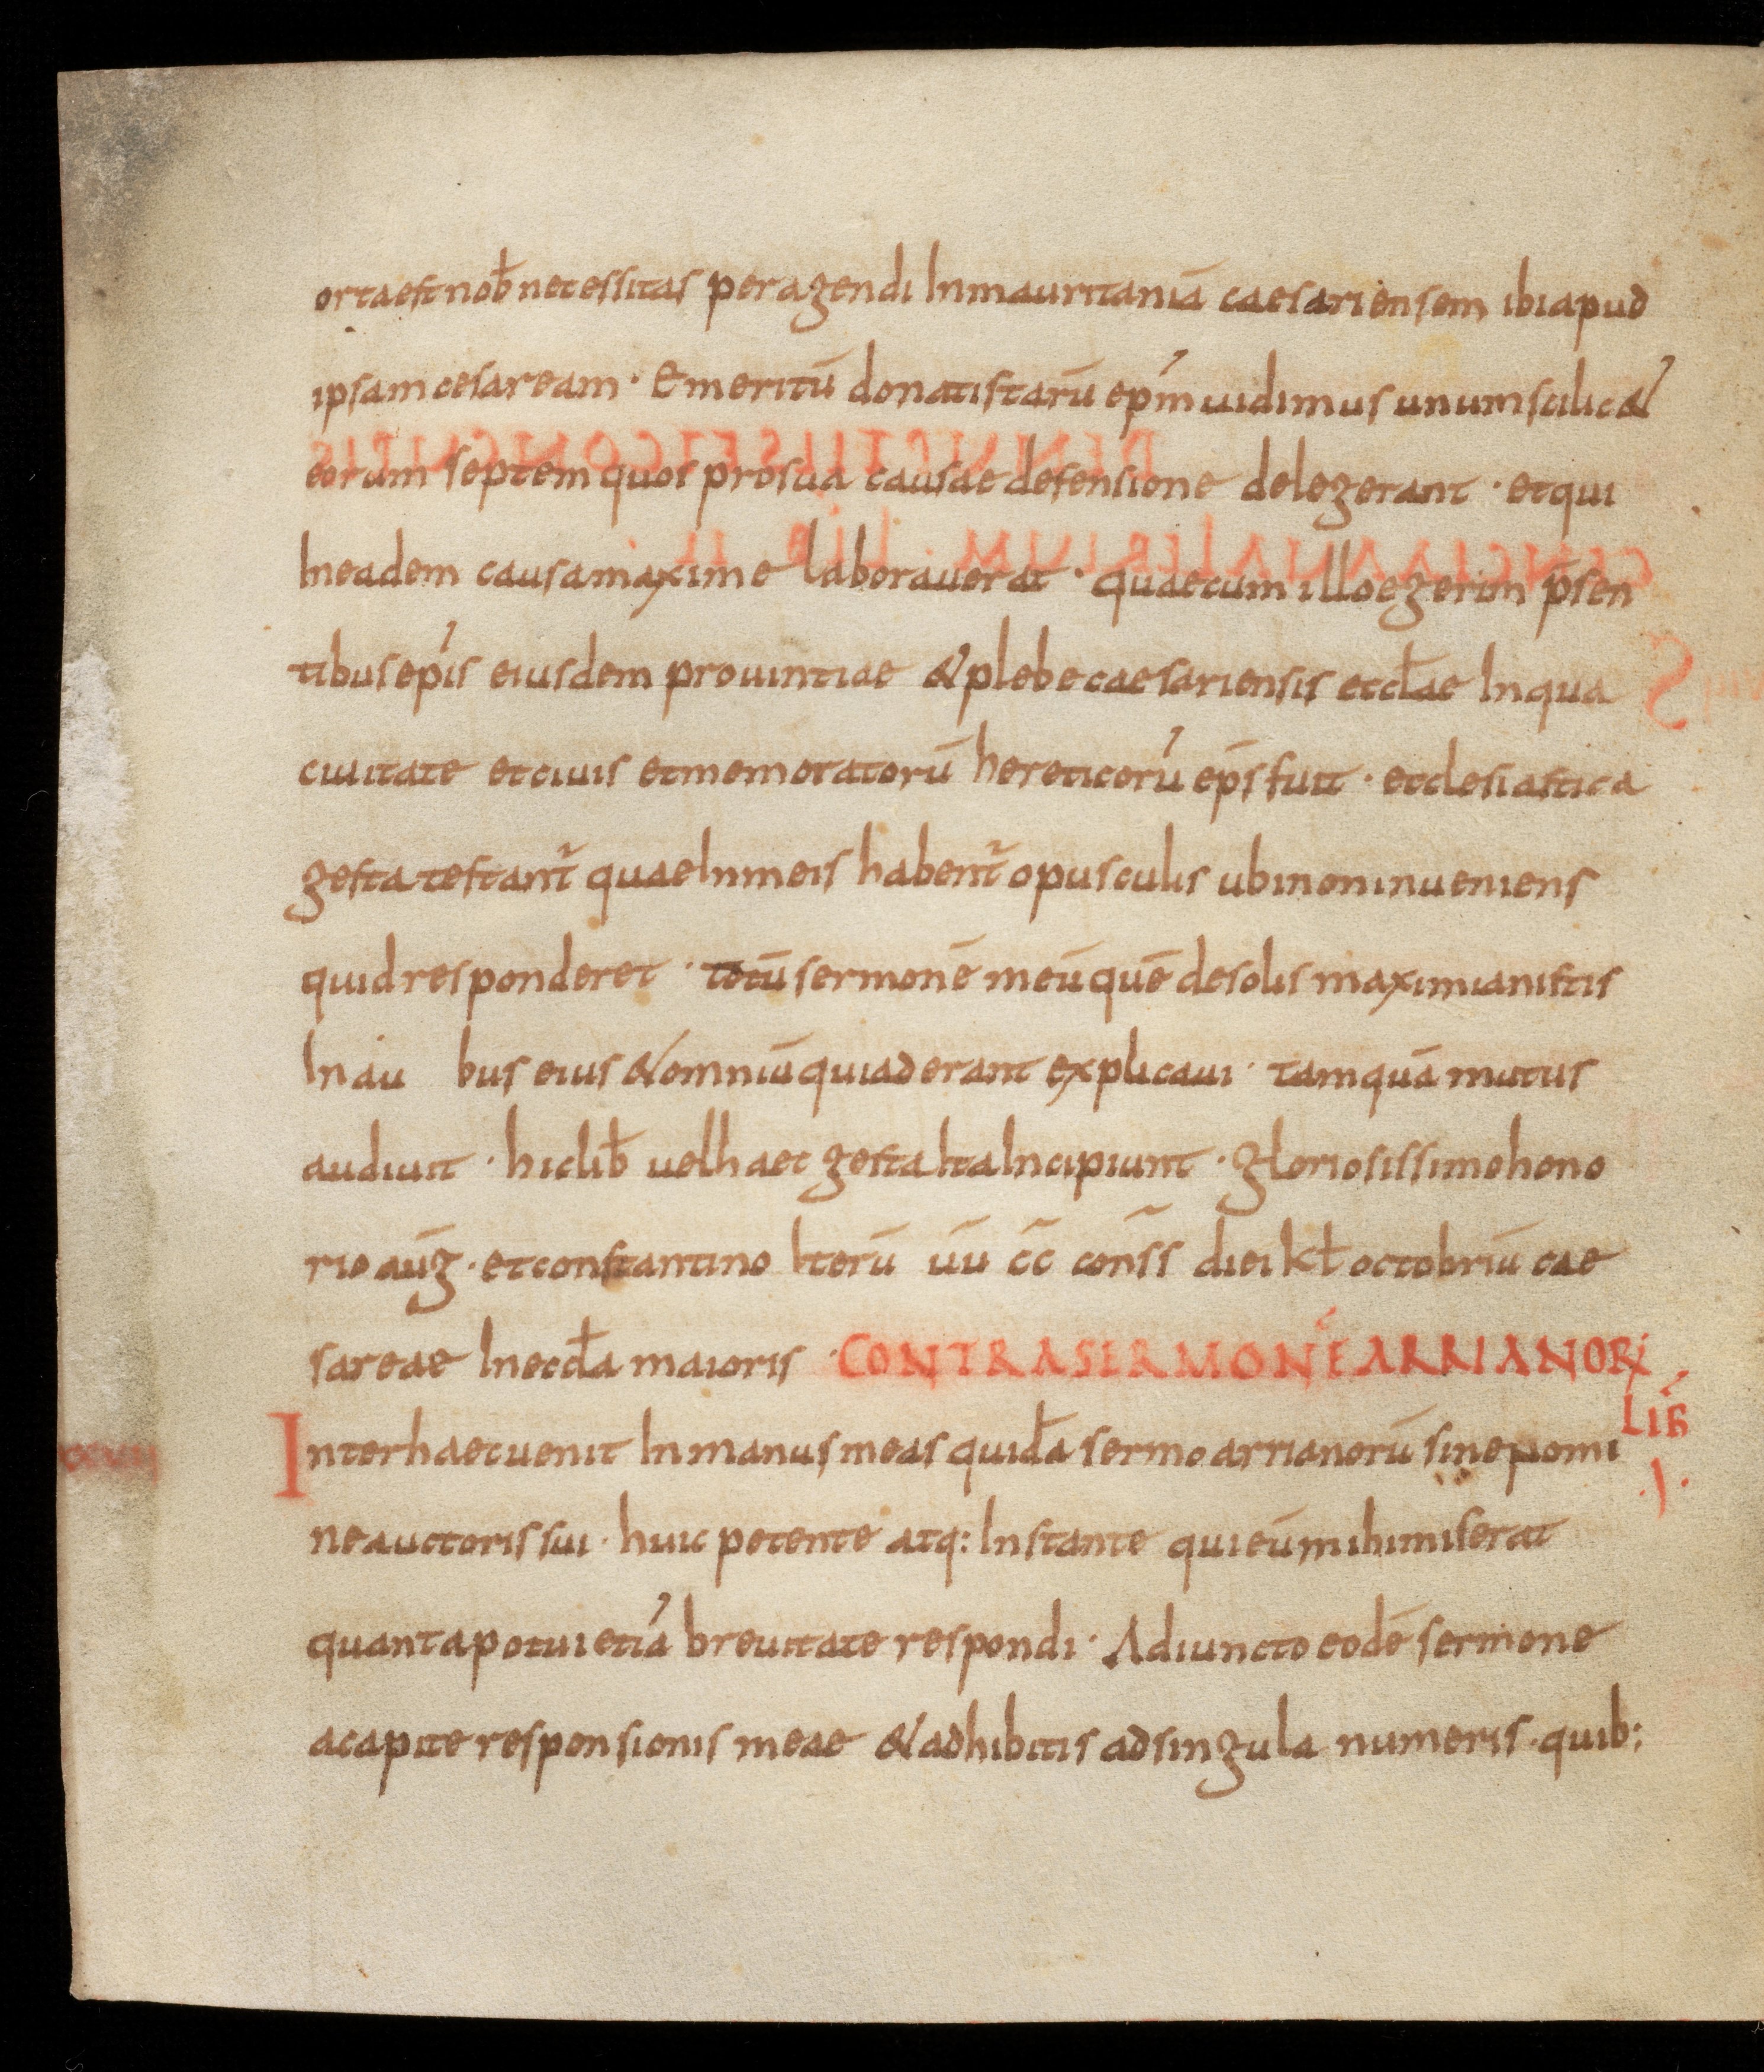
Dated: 850–899